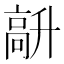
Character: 𩫆